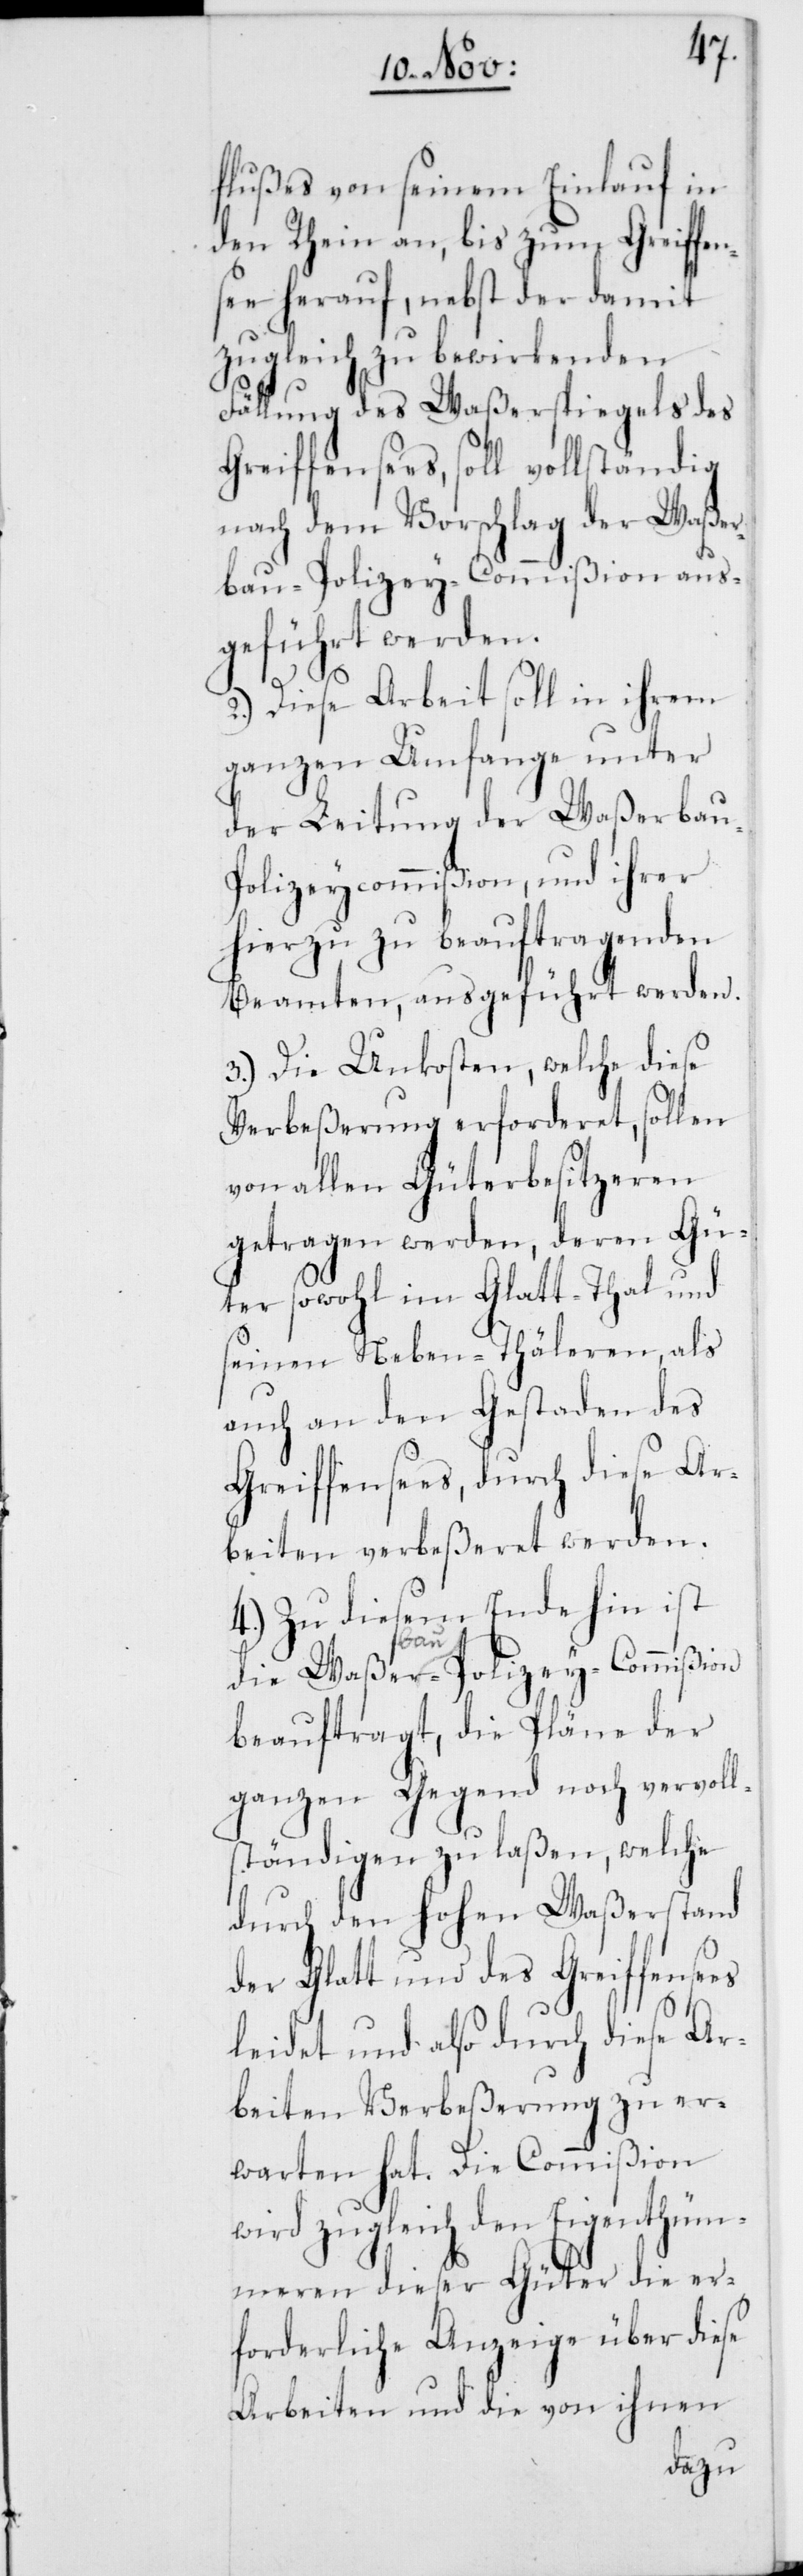
flußes von seinem Einlauf in
den Rhein an, bis zum Greifen¬
see herauf, nebst der damit
zugleich zu bewirkenden
Fällung des Waßerspiegels des
Greifensees, soll vollständig
nach dem Vorschlag der Waßer¬
bau-Polizey-Commißion aus¬
geführt werden.
2.) Diese Arbeit soll in ihrem
ganzen Umfange unter
der Leitung der Waßerbau-P¬
olizeycommißion, und ihrer
hierzu beauftragenden
Beamten, ausgeführt werden.
3.) Die Unkosten, welche diese
Verbeßerung erforderet, sollen
von allen Güterbesitzeren
getragen werden, deren Gü¬
ter sowohl im Glatt-Thal und
seinen Neben-Thäleren, als
auch an den Gestaden des
Greifensees, durch diese Ar¬
beiten verbeßeret werden.
4.) Zu diesem Ende hin ist
die Waßerbau-Polizey-Commißion
beauftragt, die Pläne der
ganzen Gegend noch vervoll¬
ständigen zu laßen, welche
durch den hohen Waßerstand
der Glatt und des Greifensees
leidet und also durch diese Ar¬
beiten Verbeßerung zu er¬
warten hat. Die Commißion
wird zugleich den Eigenthüm¬
meren dieser Güter die er¬
forderliche Anzeige über diese
Arbeiten und die von ihnen